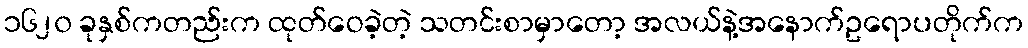
၁၆၂၀ ခုနှစ်ကတည်းက ထုတ်ဝေခဲ့တဲ့ သတင်းစာမှာတော့ အလယ်နဲ့အနောက်ဥရောပတိုက်က